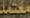
معتمد